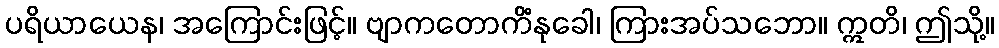
ပရိယာယေန၊ အကြောင်းဖြင့်။ ဗျာကတောကိံနုခေါ၊ ကြားအပ်သဘော။ ဣတိ၊ ဤသို့။